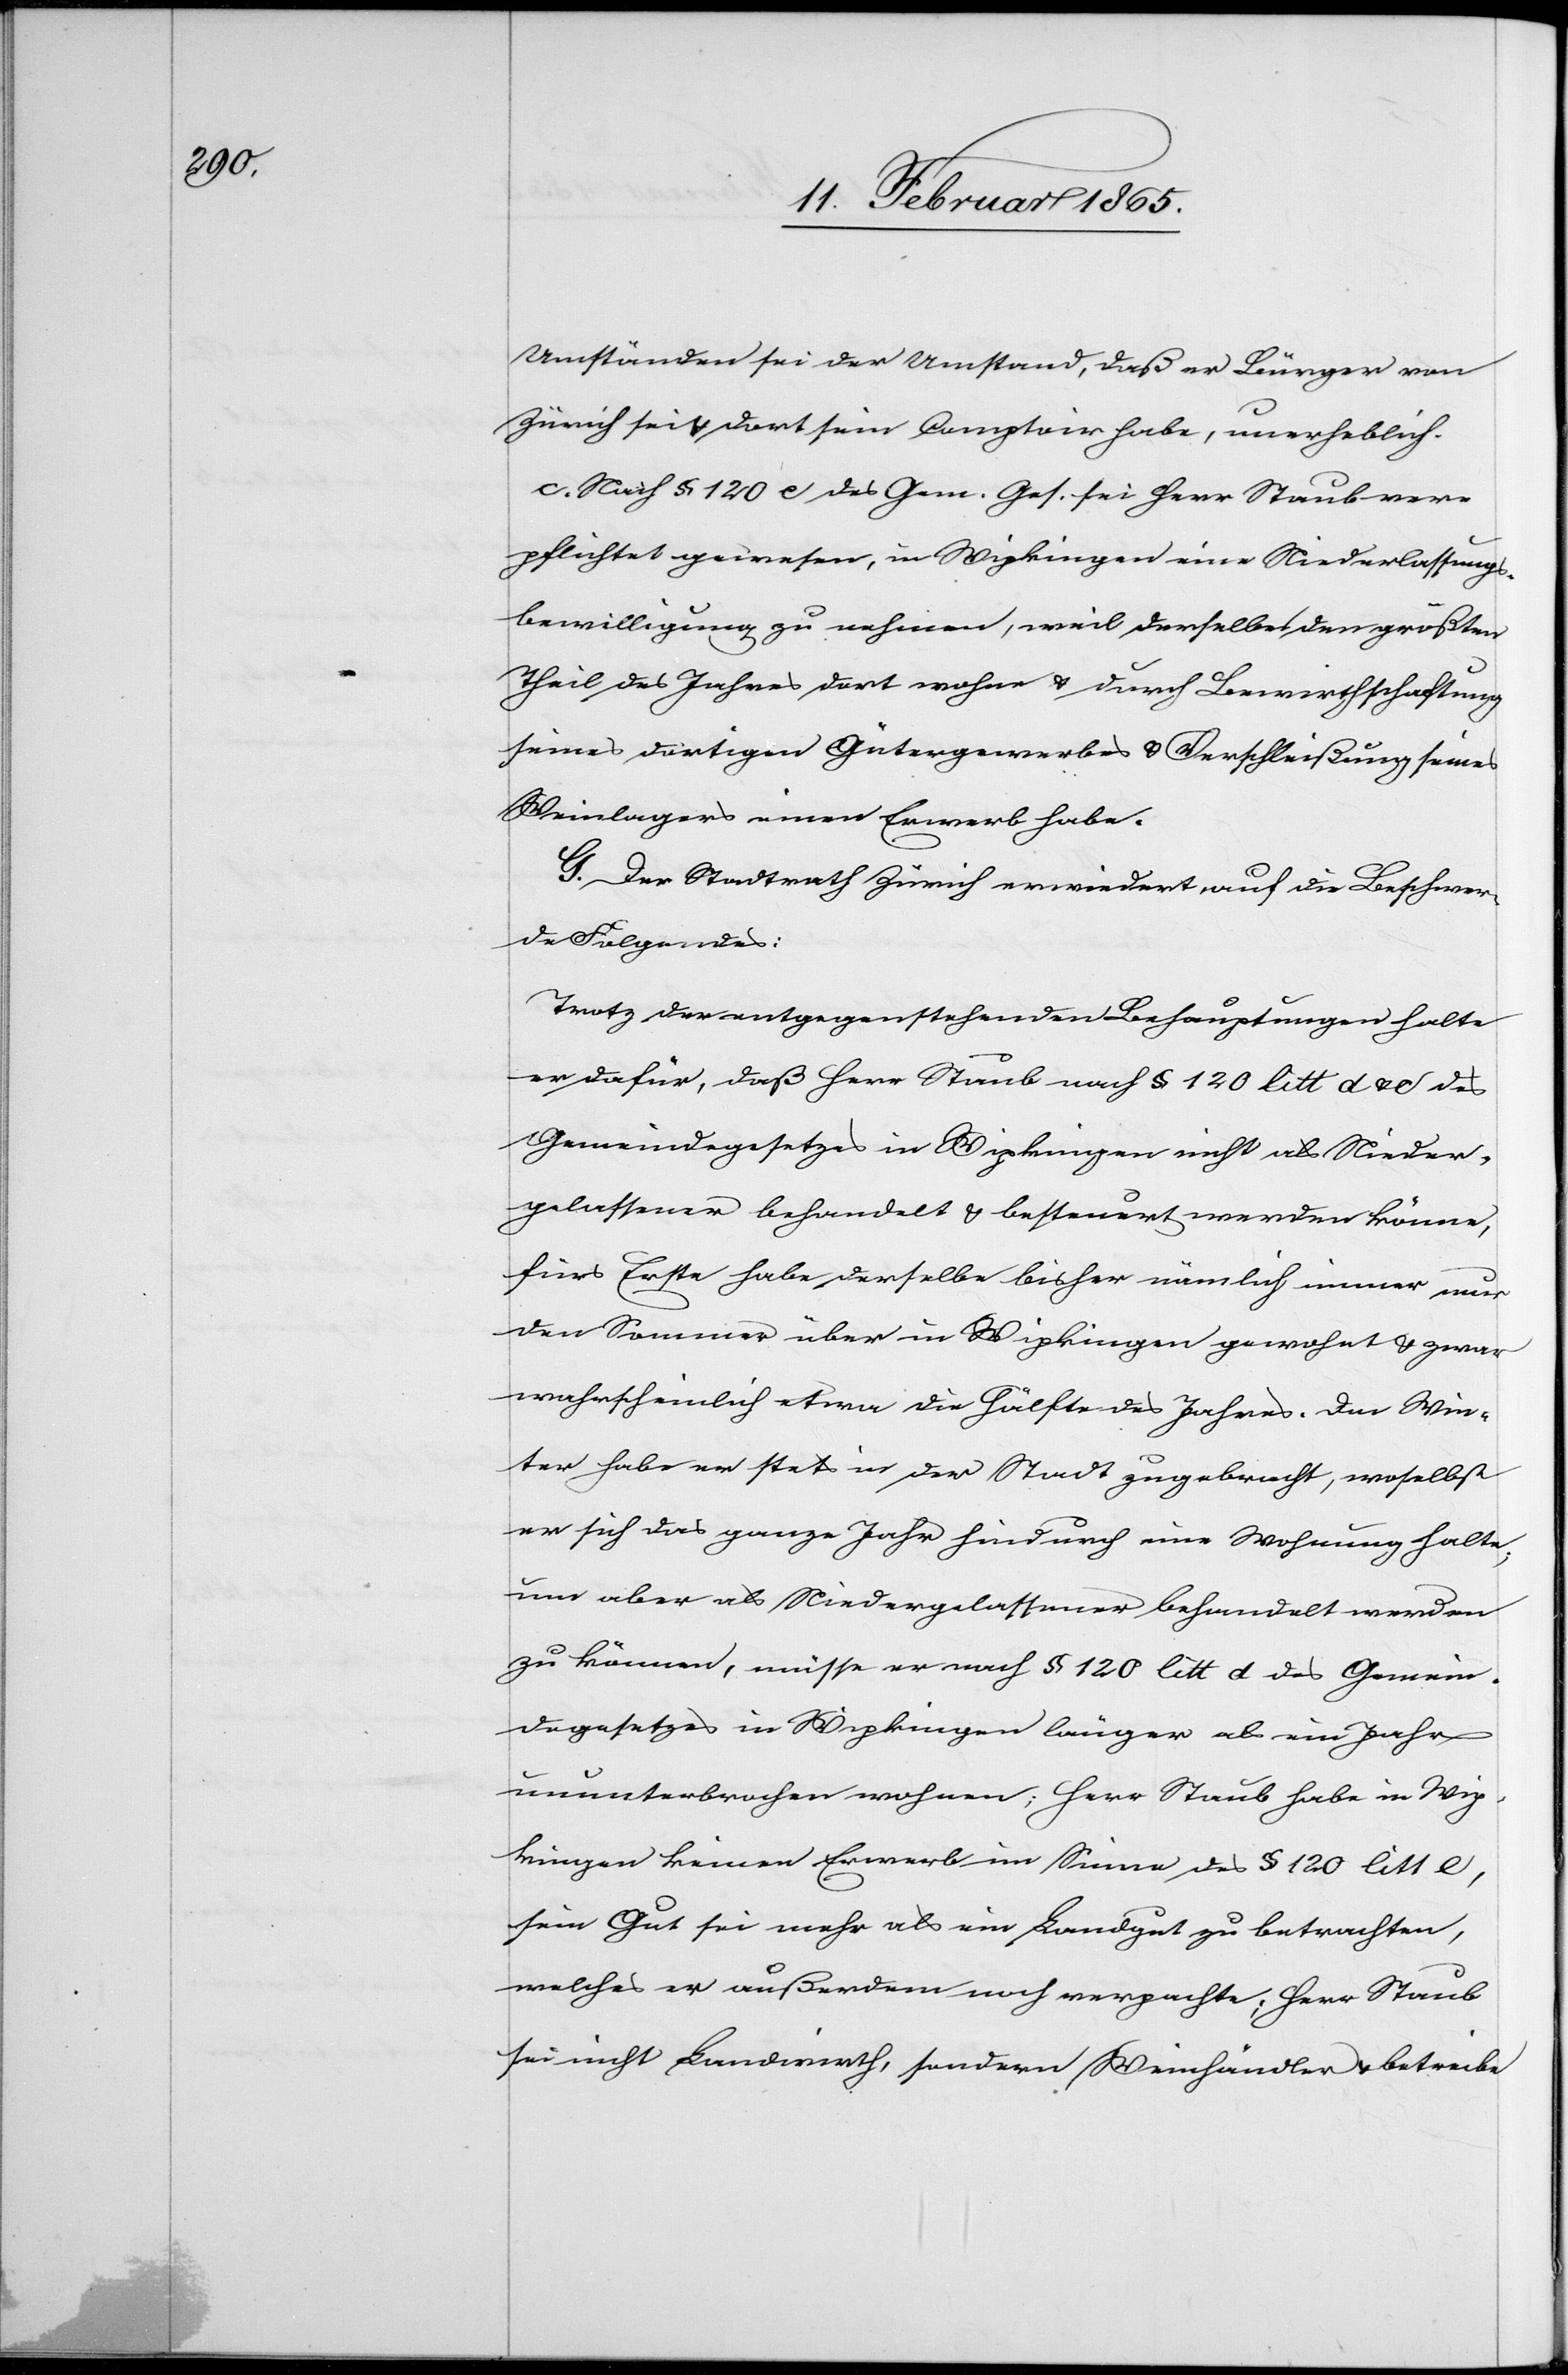
Umständen sei der Umstand, daß er Bürger von
Zürich sei, dort sein Comptoir habe, unerheblich.
c. Nach § 120 c des Gem. Ges. sei Herr Staub ver¬
pflichtet gewesen, in Wipkingen eine Niederlassungs¬
bewilligung zu nehmen, weil derselbes [sic!] den größten
Theil des Jahres dort wohne u. durch Bewirthschaftung
seines dortigen Gütergewerbes u. Verschleißung seines
Weinlagers einen Erwerb habe.
G. Der Stadtrath Zürich erwiedert auf die Beschwer¬
de Folgendes:
Trotz der entgegenstehenden Behauptungen halte
er dafür, daß Herr Staub nach § 120 litt d u. c des
Gemeindegesetzes in Wipkingen nicht als Nieder¬
gelassener behandelt u. besteuert werden könne,
fürs Erste habe derselbe bisher nämlich immer nur
den Sommer über in Wipkingen gewohnt u. zwar
wahrscheinlich etwa die Hälfte des Jahres. Den Win¬
ter habe er stets in der Stadt zugebracht, woselbst
er sich das ganze Jahr hindurch eine Wohnung halte;
um aber als Niedergelassener behandelt werden
zu können, müsse er nach § 120 litt d des Gemein¬
degesetzes in Wipkingen länger als ein Jahr
ununterbrochen wohnen; Herr Staub habe in Wip¬
kingen keinen Erwerb im Sinne des § 120 litt e,
sein Gut sei mehr als ein Landgut zu betrachten,
welches er außerdem noch verpachte; Herr Staub
sei nicht Landwirth, sondern Weinhändler u. betreibe